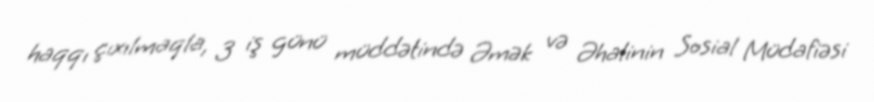
haqqı çıxılmaqla, 3 iş günü müddətində Əmək və Əhalinin Sosial Müdafiəsi